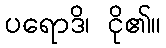
ပရောဒိ၊ ငို၏။